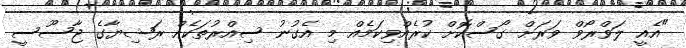
"އެއީ ލަވްރޯވް ވަރަށް ގޯސްކޮށް ކުރެއްވިކަމެއް މި އެގުނު ސިއްރުތަކެއް ރަޝިޔާގެ ޖާސޫސީ